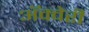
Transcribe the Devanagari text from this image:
अॅक्वेरी